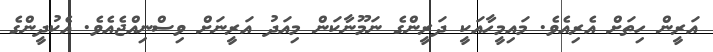
އަރީން ހިތަށް އެރިއެވެ. މައިމީހާއަކީ ދަރީންގެ ނަމޫނާކަން މިއަދު އަރީނަށް ވިސްނިއްޖެއެވެ. އެކުދީންގެ